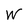
Character: W